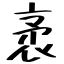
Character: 袤